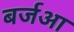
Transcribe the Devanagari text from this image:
बर्जआ